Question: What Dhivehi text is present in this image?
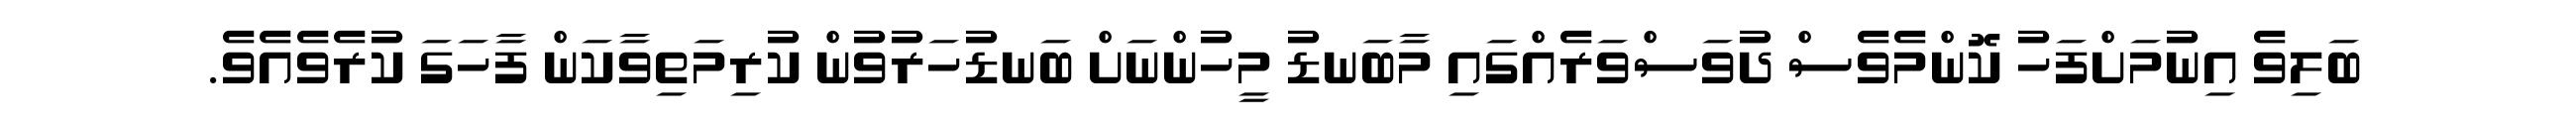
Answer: ބަލިވެ އިނުމަށްފަހު ކޮންމެވެސް ދުވަސްވަރެއްގައި މާބަނޑު މީހުންނަށް ބަނޑުހަރުވުން ކުރިމަތިވާކަން ފާހަގަ ކުރެވެއެވެ.